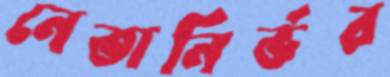
নেতানির্ভর